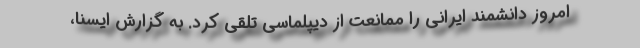
امروز دانشمند ایرانی را ممانعت از دیپلماسی تلقی کرد. به گزارش ایسنا،